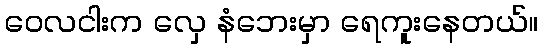
ဝေလငါးက လှေ နံဘေးမှာ ရေကူးနေတယ်။